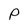
Character: P